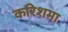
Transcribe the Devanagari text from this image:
करिशमा